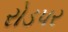
રોડપર